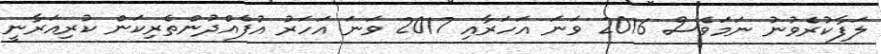
ލަފާކުރެވުނު ނަމަވެސް 2016 ވަނަ އަހަރާއި 2017 ވަނަ އަހަރު އުފެއްދުންތެރިކަން ކުރިއަރާނީ